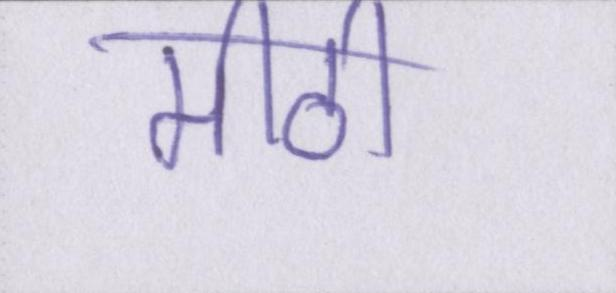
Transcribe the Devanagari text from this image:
मीठी